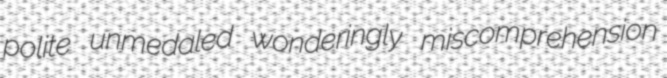
polite unmedaled wonderingly miscomprehension